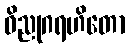
ဝိညုဂရဟိတော